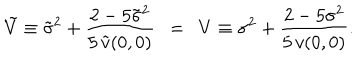
\tilde { V } \equiv \tilde { \sigma } ^ { 2 } + \frac { 2 - 5 \tilde { \sigma } ^ { 2 } } { 5 \, \tilde { v } ( 0 , 0 ) } \ \ = \ \ V \equiv \sigma ^ { 2 } + \frac { 2 - 5 \sigma ^ { 2 } } { 5 \, v ( 0 , 0 ) } .